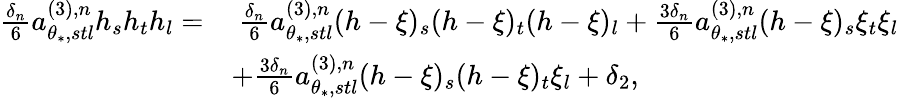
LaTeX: \begin{array}{rl}{\frac{\delta_{n}}{6}a_{\theta_{*},stl}^{(3),n}h_{s}h_{t}h_{l}=}&{\ \frac{\delta_{n}}{6}a_{\theta_{*},stl}^{(3),n}(h-\xi)_{s}(h-\xi)_{t}(h-\xi)_{l}+\frac{3\delta_{n}}{6}a_{\theta_{*},stl}^{(3),n}(h-\xi)_{s}\xi_{t}\xi_{l}}\\ &{+\frac{3\delta_{n}}{6}a_{\theta_{*},stl}^{(3),n}(h-\xi)_{s}(h-\xi)_{t}\xi_{l}+\delta_{2},}\end{array}